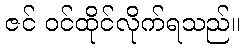
ဇင် ဝင်ထိုင်လိုက်ရသည်။